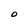
Character: O